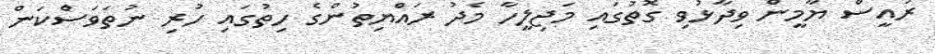
ރައީސް ޔާމީން ވިދާޅުވި ގޮތުގައި މަޖިލީހާ މެދު ރަައްޔިތުންގެ ހިތުގައި ހުރި ނުތަވަަސްކަން